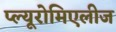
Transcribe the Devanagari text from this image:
प्ल्यूरोमिएलीज